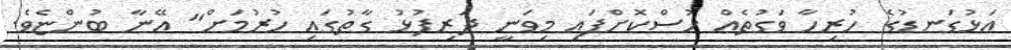
އަޅުގަނޑުގެ ހުރިހާ ވަގުތެއް ހުސްކޮށްފައި މިވަނީ ދަރިފުޅު ގާތުގައި ހުރުމަށް" އޭނާ ބުންޏެވެ.